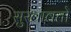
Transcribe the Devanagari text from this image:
सुखावतो